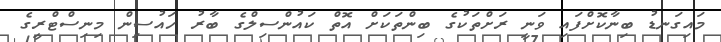
މައިގަނޑު ބިނާކޮށްފައި ވަނީ ރަށްތަކުގެ ބިންތަކަށް އޮތް ކައުންސިލްގެ ބާރު ހައުސިން މިނިސްޓްރީގެ